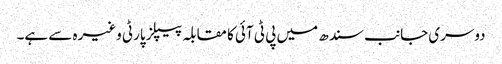
دوسری جانب سندھ میں پی ٹی آئی کا مقابلہ پیپلز پارٹی وغیرہ سے ہے۔